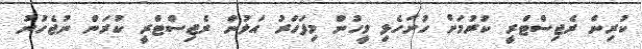
ކުރިން ރެޖިސްޓްރީ ކުރުމަށް ހުށަހެޅި މީހުން މިފަހަރު އަލުން ރެޖިސްޓްރީ ކުރަން ނުޖެހުނު